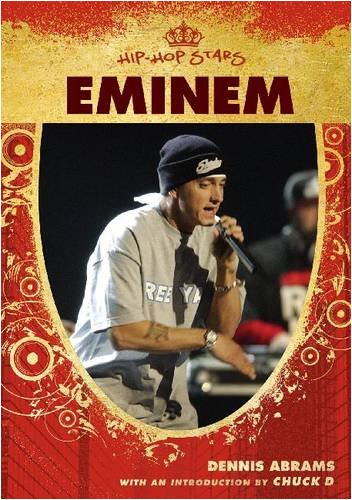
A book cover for Eminem (Hip-Hop Stars); Dennis Abrams; Teen & Young Adult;